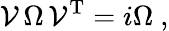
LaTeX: {\cal V}\, \Omega\, {\cal V}^{\mathrm{T}}=i\Omega\ ,